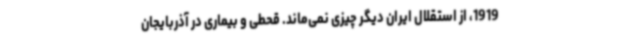
1919، از استقلال ایران دیگر چیزی نمی‌ماند. قحطی و بیماری در آذربایجان